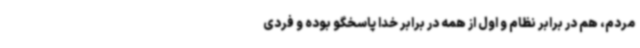
مردم، هم در برابر نظام و اول از همه در برابر خدا پاسخگو بوده و فردی